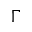
\Gamma